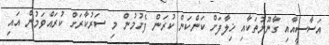
އަސާސީއާއި ގާނޫނުތަކާއި ޚިލާފަށް ކަންކަން ކުރަން ފެށުމުން މި ސަރުކާރަށް ކުރައްވަމުން އައި